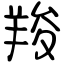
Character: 羧